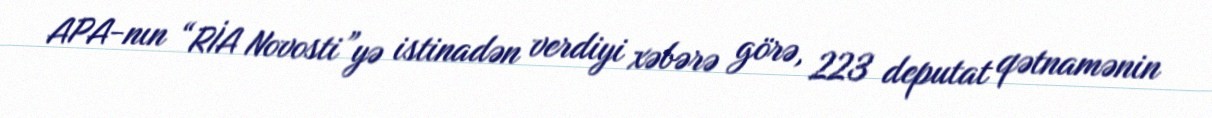
APA-nın “RİA Novosti”yə istinadən verdiyi xəbərə görə, 223 deputat qətnamənin